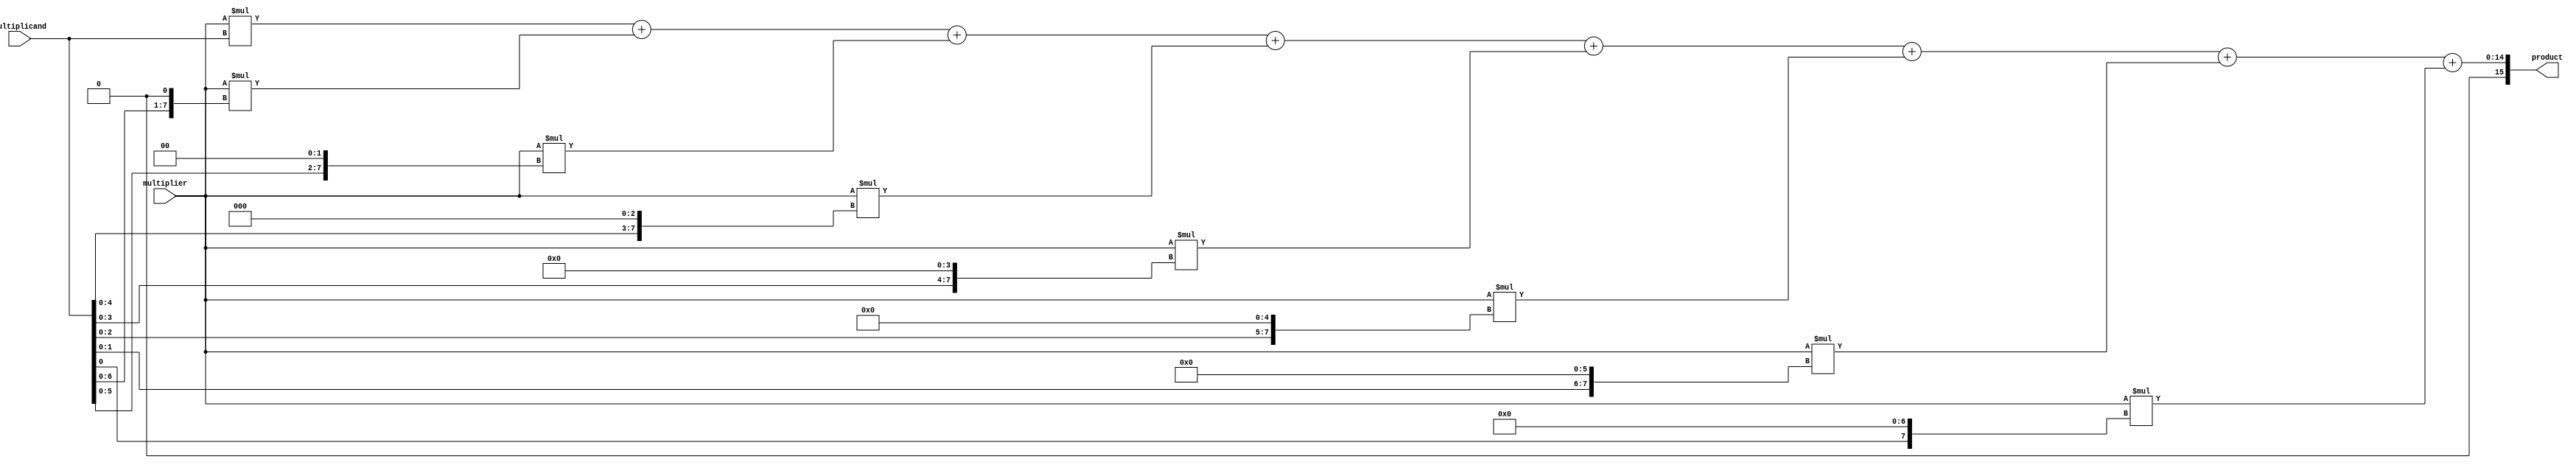
module baugh_wooley_multiplier (
    input signed [7:0] multiplier,
    input signed [7:0] multiplicand,
    output reg signed [15:0] product
);

reg [7:0] partial_products[7:0];
reg [15:0] partial_sum;

integer i;

always @ (*) begin
    // Partial product generation stage
    for (i = 0; i < 8; i = i + 1) begin
        partial_products[i] = multiplier * (multiplicand << i);
    end

    // Reduction stage using Wallace tree
    partial_sum = partial_products[0] + partial_products[1];
    for (i = 2; i < 8; i = i + 1) begin
        partial_sum = partial_sum + partial_products[i];
    end

    // Sign extension stage
    if (multiplier[7] == 1 || multiplicand[7] == 1) begin
        product = {{8{partial_sum[15]}}, partial_sum};
    end else begin
        product = partial_sum;
    end
end

endmodule